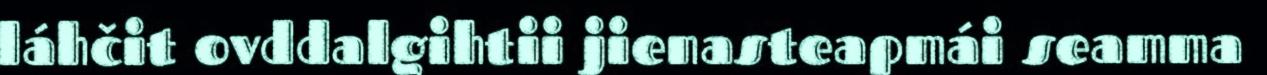
láhčit ovddalgihtii jienasteapmái seamma